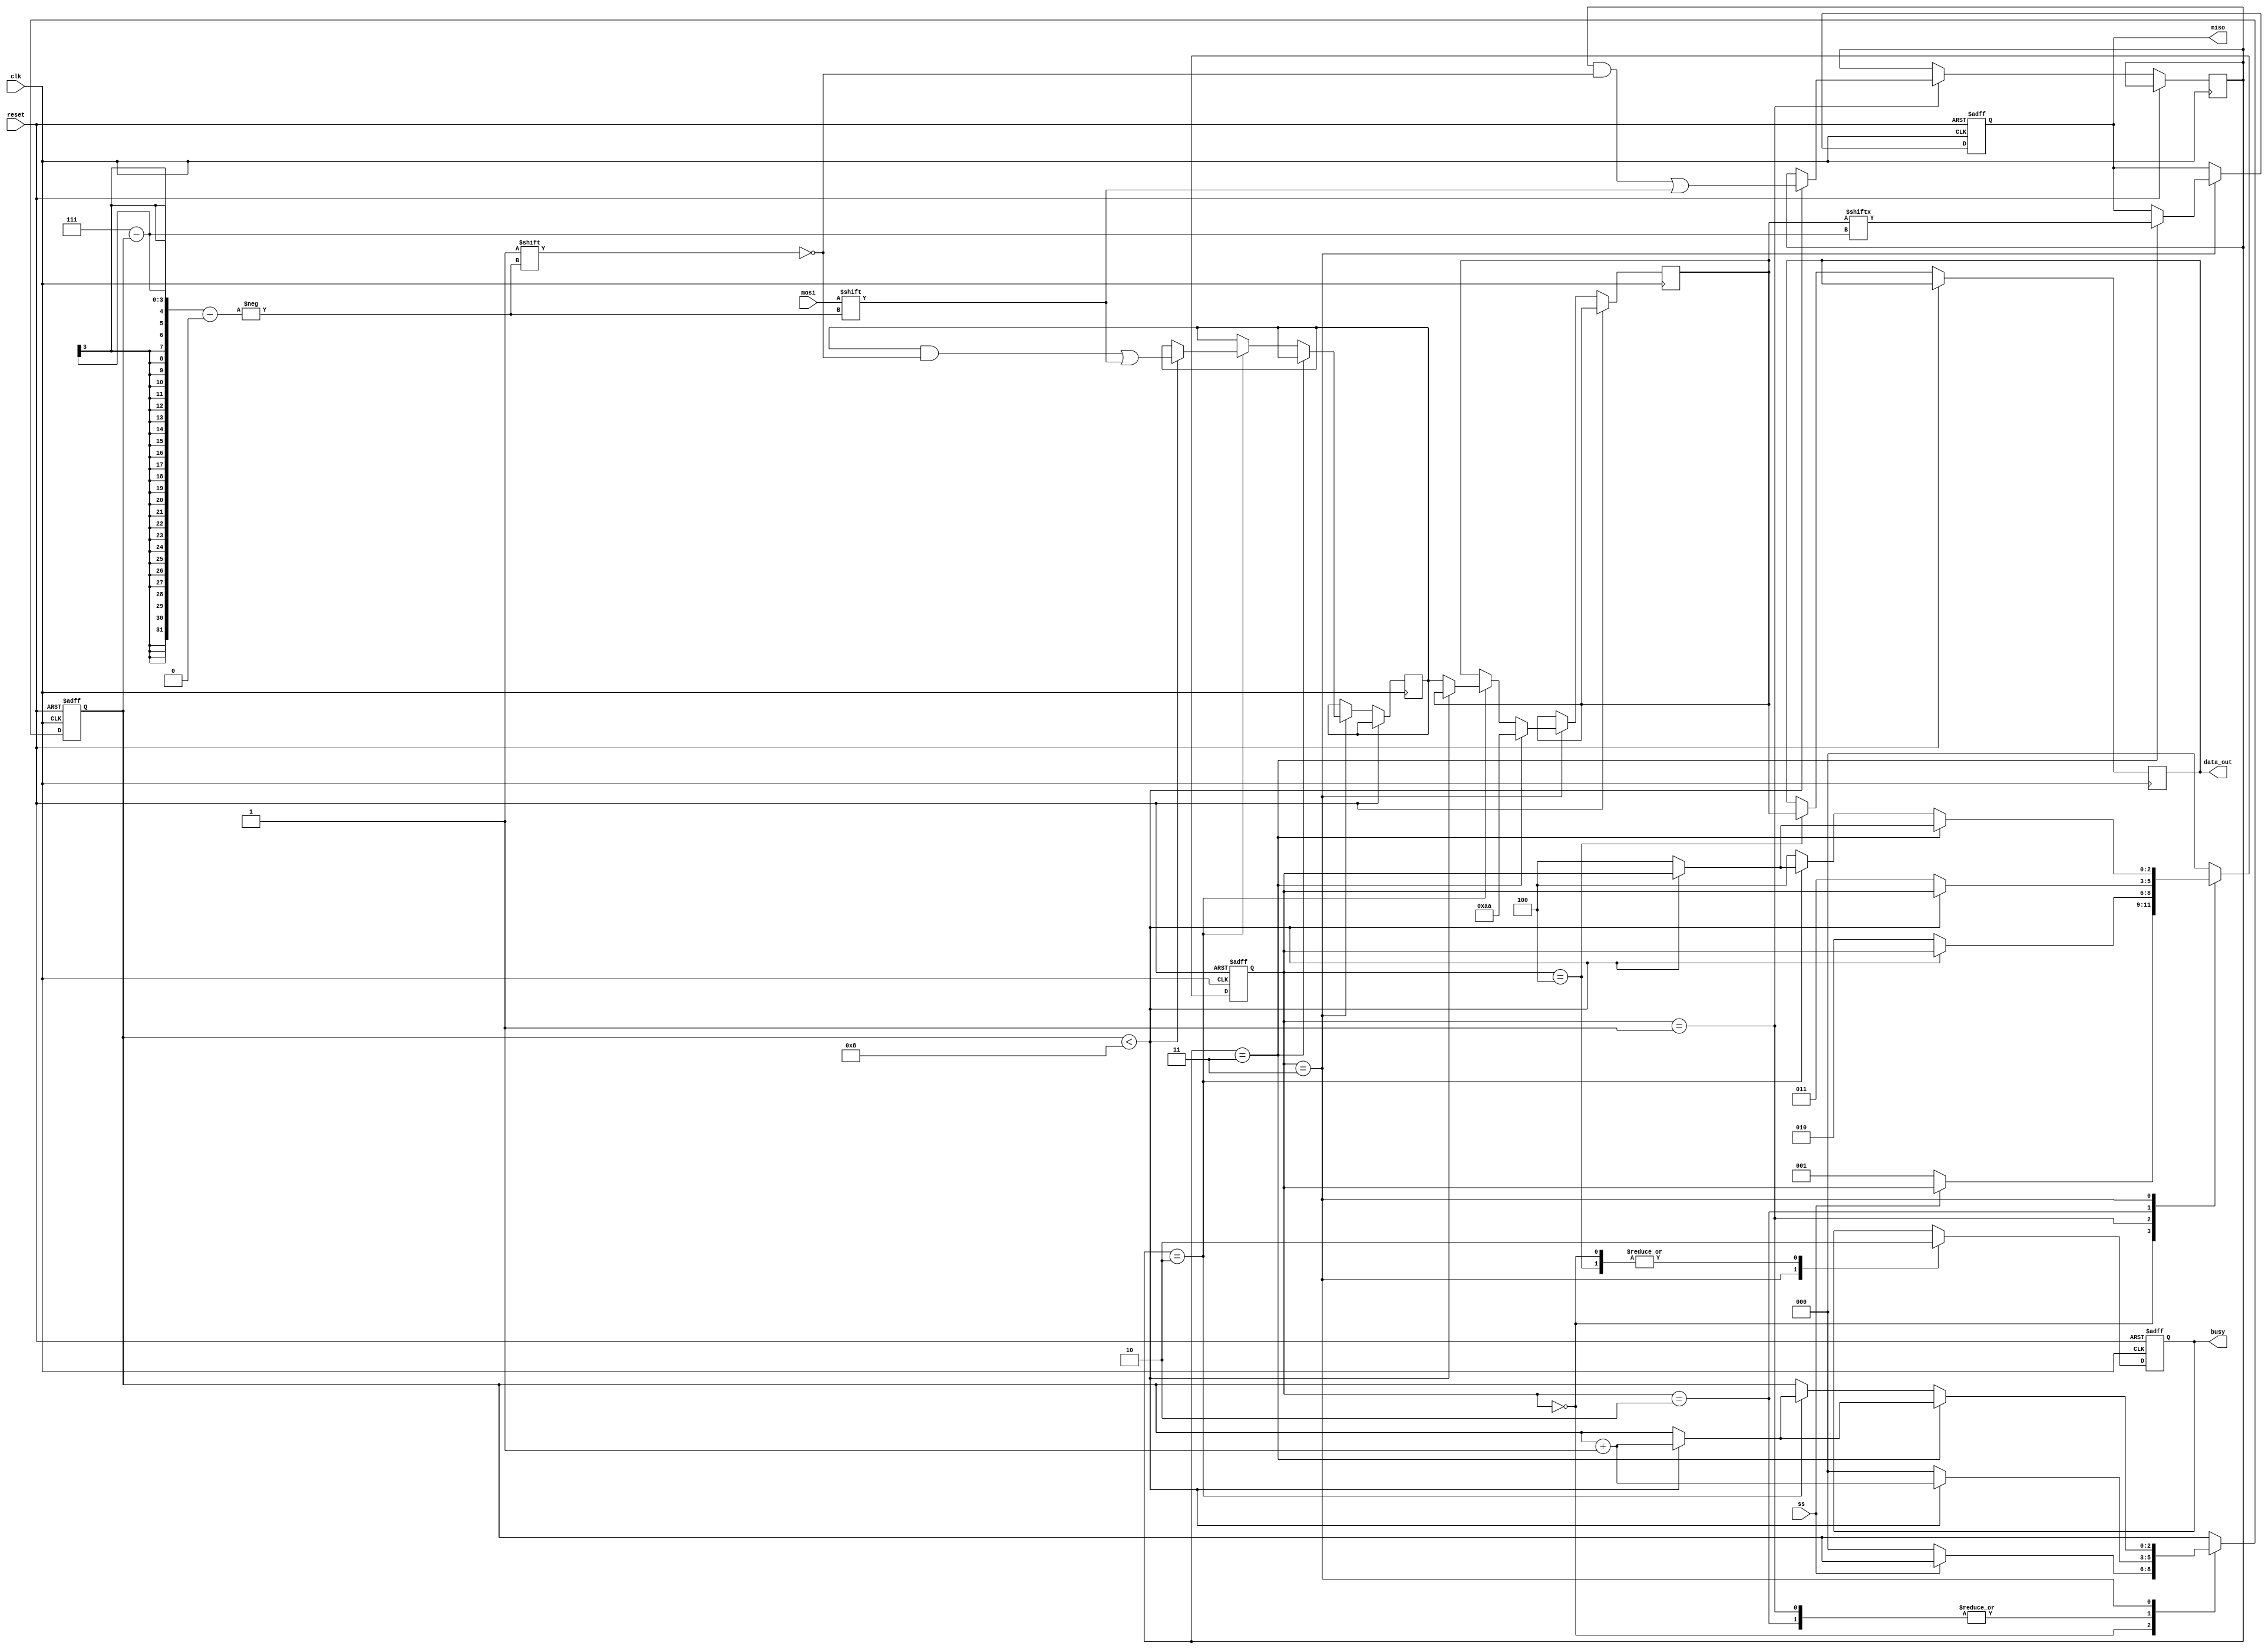
module spi_flash (
    input wire clk,
    input wire reset,
    input wire mosi,
    output reg miso,
    input wire ss,
    output reg busy,
    output reg [7:0] data_out
);

    // Internal registers
    reg [7:0] command;
    reg [7:0] address;
    reg [7:0] data_in;
    reg [7:0] data_buffer;
    reg [2:0] bit_count; // To count bits received
    reg [2:0] state;     // State variable for FSM

    // State encoding
    localparam IDLE = 3'b000,
               RECEIVE_CMD = 3'b001,
               ADDRESS = 3'b010,
               READ_WRITE = 3'b011,
               COMPLETION = 3'b100;

    // State machine
    always @(posedge clk or posedge reset) begin
        if (reset) begin
            state <= IDLE;
            busy <= 0;
            bit_count <= 0;
            miso <= 1'bz; // High impedance when idle
        end else begin
            case (state)
                IDLE: begin
                    busy <= 0;
                    if (!ss) begin // Slave select active
                        state <= RECEIVE_CMD;
                        bit_count <= 0;
                    end
                end
                
                RECEIVE_CMD: begin
                    if (bit_count < 8) begin
                        command[7 - bit_count] <= mosi; // Capture command
                        bit_count <= bit_count + 1;
                    end else begin
                        state <= ADDRESS;
                        bit_count <= 0;
                    end
                end
                
                ADDRESS: begin
                    if (bit_count < 8) begin
                        address[7 - bit_count] <= mosi; // Capture address
                        bit_count <= bit_count + 1;
                    end else begin
                        state <= READ_WRITE;
                        bit_count <= 0;
                    end
                end
                
                READ_WRITE: begin
                    busy <= 1;
                    if (command == 8'h03) begin // Read command
                        // Simulate reading from memory (for example purposes)
                        data_buffer <= 8'hAA; // Dummy data
                        miso <= data_buffer[7 - bit_count]; // Send data on MISO
                        if (bit_count < 8) begin
                            bit_count <= bit_count + 1;
                        end else begin
                            state <= COMPLETION;
                        end
                    end else if (command == 8'h02) begin // Write command
                        if (bit_count < 8) begin
                            data_in[7 - bit_count] <= mosi; // Capture data
                            bit_count <= bit_count + 1;
                        end else begin
                            // Simulate writing to memory (for example purposes)
                            data_buffer <= data_in; // Store data
                            state <= COMPLETION;
                        end
                    end else begin
                        // Handle invalid command
                        state <= COMPLETION;
                    end
                end
                
                COMPLETION: begin
                    busy <= 0;
                    data_out <= data_buffer; // Output data
                    state <= IDLE; // Return to idle
                end
                
                default: state <= IDLE; // Safety default
            endcase
        end
    end

endmodule